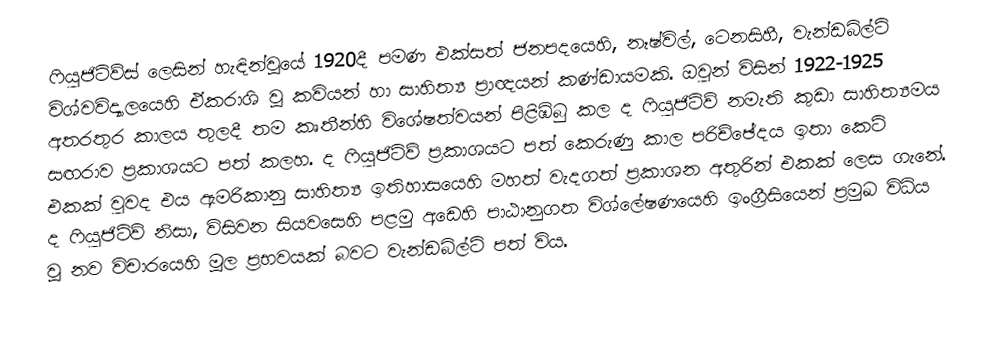
ෆියුජිටිව්ස් ලෙසින් හැඳින්වූයේ 1920දී පමණ  එක්සත් ජනපදයෙහි, නෑෂ්විල්, ටෙනසිහී, වැන්ඩබිල්ට් විශ්වවිද්‍යාලයෙහි ඒකරාශි වූ කවියන් හා සාහිත්‍ය ප්‍රාඥයන් කණ්ඩායමකි. ඔවුන් විසින් 1922-1925 අතරතුර කාලය තුලදී තම කෘතීන්හි විශේෂත්වයන් පිළිඹිබු කල ද ෆියුජිටිව් නමැති කුඩා සාහිත්‍යමය සඟරාව ප්‍රකාශයට පත් කලහ. ද ෆියුජිටිව් ප්‍රකාශයට පත් කෙරුණු කාල පරිච්ඡේදය ඉතා කෙටි එකක් වුවද එය ඇමරිකානු සාහිත්‍ය ඉතිහාසයෙහි මහත් වැදගත් ප්‍රකාශන අතුරින් එකක් ලෙස ගැනේ.  ද ෆියුජිටිව් නිසා,  විසිවන සියවසෙහි පළමු අඩෙහි පාඨානුගත විශ්ලේෂණයෙහි ඉංග්‍රීසියෙන් ප්‍රමුඛ විධිය වූ නව විචාරයෙහි මූල ප්‍රභවයක් බවට වැන්ඩබිල්ට් පත් විය.